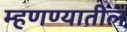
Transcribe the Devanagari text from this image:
म्हणण्यातील